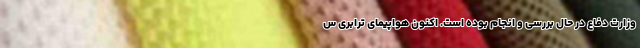
وزارت دفاع در حال بررسی و انجام بوده است. اکنون هواپیمای ترابری س